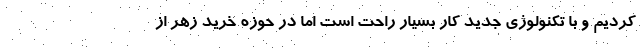
کردیم و با تکنولوژی جدید کار بسیار راحت است اما در حوزه خرید زهر از